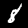
Digit: 8